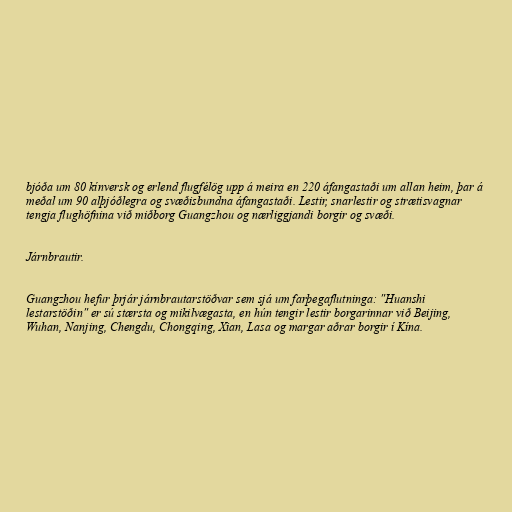
bjóða um 80 kínversk og erlend flugfélög upp á meira en 220 áfangastaði um allan heim, þar á
meðal um 90 alþjóðlegra og svæðisbundna áfangastaði. Lestir, snarlestir og strætisvagnar
tengja flughöfnina við miðborg Guangzhou og nærliggjandi borgir og svæði.

Járnbrautir.

Guangzhou hefur þrjár járnbrautarstöðvar sem sjá um farþegaflutninga: "Huanshi
lestarstöðin" er sú stærsta og mikilvægasta, en hún tengir lestir borgarinnar við Beijing,
Wuhan, Nanjing, Chengdu, Chongqing, Xian, Lasa og margar aðrar borgir í Kína.